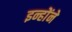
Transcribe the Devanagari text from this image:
इन्होेंने